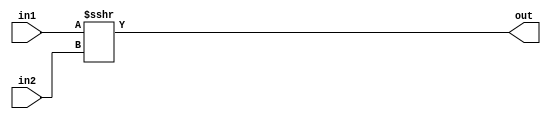
/* Module: sra (arithmetic shift right)
 * Description: shifts arithmetic right by in2 bits
 * Parameters: L1 - length of input 1
 *             L2 - length of input 2
 */

module sra        #(parameter L1 = 8,
                    parameter L2 = 8)
                    
                    (input [L1-1:0] in1,
                    input [L2-1:0] in2,
                    output wire [L1-1:0] out);
                    
  assign out = in1 >>> in2;
endmodule